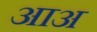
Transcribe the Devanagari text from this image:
आअ